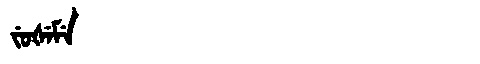
Manchu: ᠵᡠᡧᡝᠮᡝ
Romanization: JUŠEME